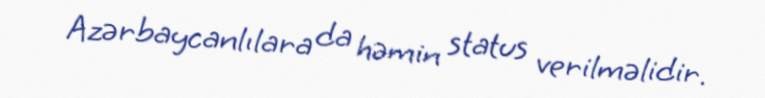
Azərbaycanlılara da həmin status verilməlidir.